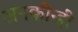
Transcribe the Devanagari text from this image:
अनकीन्‍हीं